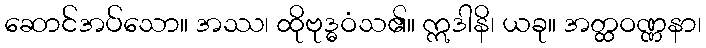
ဆောင်အပ်သော။ အဿ၊ ထိုဗုဒ္ဓဝံသ၏။ ဣဒါနိ၊ ယခု။ အတ္ထဝဏ္ဏနာ၊